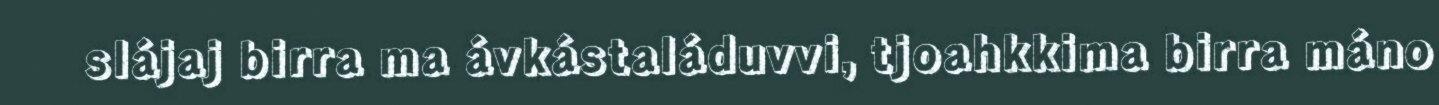
slájaj birra ma ávkástaláduvvi, tjoahkkima birra máno